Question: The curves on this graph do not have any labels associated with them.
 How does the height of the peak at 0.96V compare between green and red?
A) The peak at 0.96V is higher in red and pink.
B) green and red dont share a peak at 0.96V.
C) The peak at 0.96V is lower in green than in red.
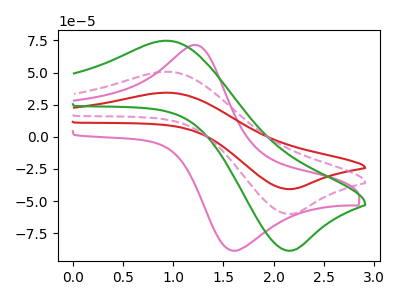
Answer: <think>The pink curve "pink" has an anodic peak at (1.25V, 70.85uA) and a cathodic peak at (1.65V, -88.50uA). The red curve "red" has an anodic peak at (0.95V, 101.30uA) and a cathodic peak at (2.15V, -120.00uA). The green curve "green" has an anodic peak at (0.95V, 74.75uA) and a cathodic peak at (2.15V, -88.55uA). The pink dashed curve "pink dashed" has an anodic peak at (0.95V, 50.65uA) and a cathodic peak at (2.15V, -60.00uA).</think>
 <answer>C) The peak at 0.96V is lower in "green" than in "red".</answer>
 <eval>C</eval>